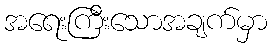
အရေးကြီးသောအချက်မှာ